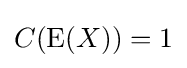
C(\operatorname {E} (X))=1